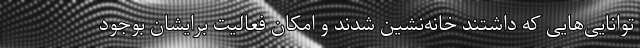
توانایی‌‌هایی که داشتند خانه‌نشین شدند و امکان فعالیت برایشان بوجود